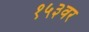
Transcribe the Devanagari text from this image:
१५३वर